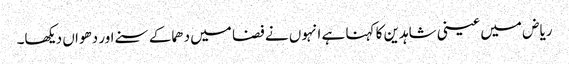
ریاض میں عینی شاہدین کا کہنا ہے انہوں نے فضا میں دھماکے سنے اور دھواں دیکھا۔